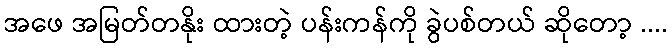
အဖေ အမြတ်တနိုး ထားတဲ့ ပန်းကန်ကို ခွဲပစ်တယ် ဆိုတော့ ....